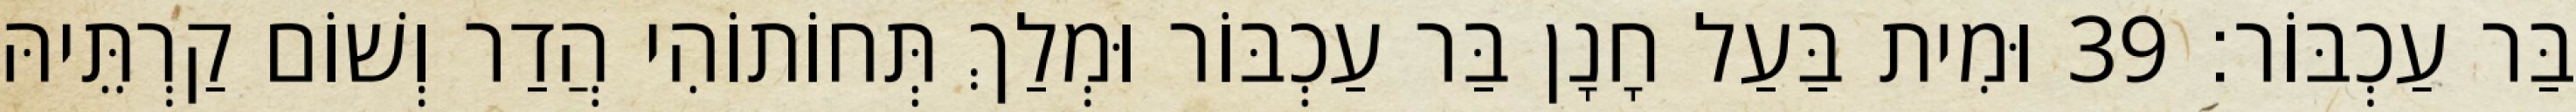
בַּר עַכְבּוֹר׃ 39 וּמִית בַּעַל חָנָן בַּר עַכְבּוֹר וּמְלַךְ תְּחוֹתוֹהִי הֲדַר וְשׁוֹם קַרְתֵּיהּ